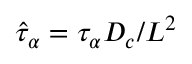
\hat { \tau } _ { \alpha } = { \tau _ { \alpha } D _ { c } } / { L ^ { 2 } }